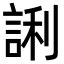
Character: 誗